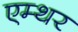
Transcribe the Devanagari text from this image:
एम्थर